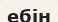
ебін